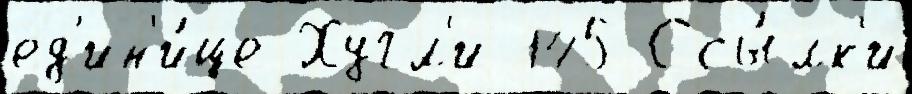
ед'ин'и́це Хугл'и 145 Ссы́лк'и